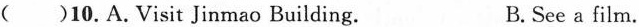
()10.A.Visit Jinmao Building. B.See a film.